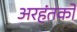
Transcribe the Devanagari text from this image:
अरहंतको